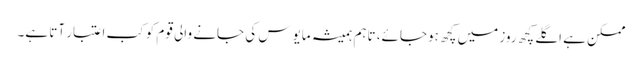
ممکن ہے اگلے کچھ روز میں کچھ ہوجائے، تاہم ہمیشہ مایوس کی جانے والی قوم کو کب اعتبار آتا ہے۔